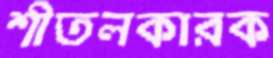
শীতলকারক